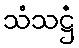
သံသဋ္ဌံ